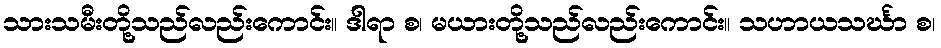
သားသမီးတို့သည်လည်းကောင်း။ ဒါရာ စ၊ မယားတို့သည်လည်းကောင်း။ သဟာယသင်္ဃာ စ၊